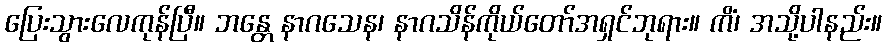
ပြေးသွားလေကုန်ပြီ။ ဘန္တေ နာဂသေန၊ နာဂသိန်ကိုယ်တော်အရှင်ဘုရား။ ကိံ၊ အသို့ပါနည်း။